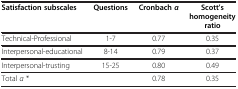
<table><thead><tr><td><b>Satisfaction subscales</b></td><td><b>Questions</b></td><td><b>Cronbach <i>α</i></b></td><td><b>Scott’s homogeneity ratio</b></td></tr></thead><tbody><tr><td>Technical-Professional</td><td>1-7</td><td>0.77</td><td>0.35</td></tr><tr><td>Interpersonal-educational</td><td>8-14</td><td>0.79</td><td>0.37</td></tr><tr><td>Interpersonal-trusting</td><td>15-25</td><td>0.80</td><td>0.49</td></tr><tr><td>Total <i>α</i> *</td><td> </td><td>0.78</td><td>0.35</td></tr></tbody></table>